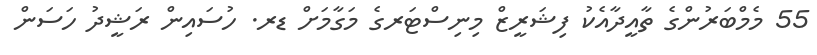
55 މެމްބަރުންގެ ތާއީދާއެކު ފިޝަރީޒް މިނިސްޓަރގެ މަގާމަށް ޑރ. ހުސައިން ރަޝީދު ހަސަން